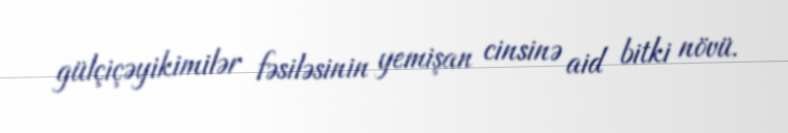
gülçiçəyikimilər fəsiləsinin yemişan cinsinə aid bitki növü.